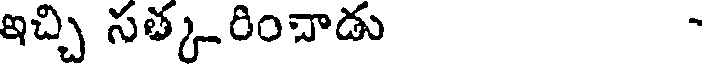
ఇచ్చి సత్కరించాడు -